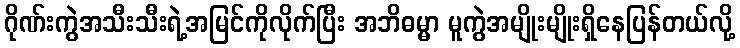
ဂိုဏ်းကွဲအသီးသီးရဲ့အမြင်ကိုလိုက်ပြီး အဘိဓမ္မာ မူကွဲအမျိုးမျိုးရှိနေပြန်တယ်လို့